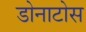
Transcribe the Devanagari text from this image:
डोनाटोस